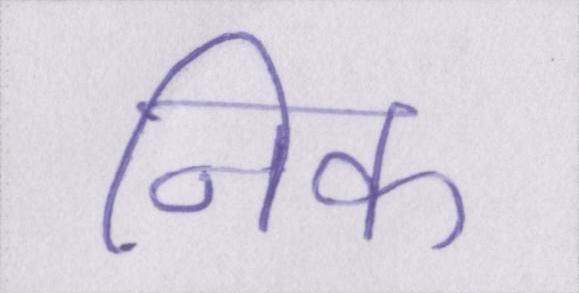
निक